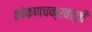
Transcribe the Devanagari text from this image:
कोकणचक्रवर्ती